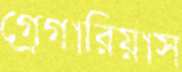
গ্রেগারিয়াস